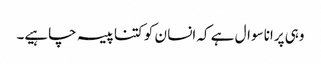
وہی پرانا سوال ہے کہ انسا ن کو کتنا پیسہ چاہیے۔